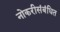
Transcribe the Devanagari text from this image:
नोकरीसंबंधित